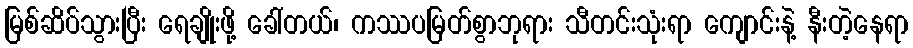
မြစ်ဆိပ်သွားပြီး ရေချိုးဖို့ ခေါ်တယ်၊ ကဿပမြတ်စွာဘုရား သီတင်းသုံးရာ ကျောင်းနဲ့ နီးတဲ့နေရာ